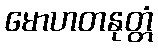
မောဟတနုတ္တံ